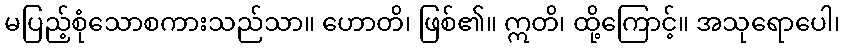
မပြည့်စုံသောစကားသည်သာ။ ဟောတိ၊ ဖြစ်၏။ ဣတိ၊ ထို့ကြောင့်။ အသုရောပေါ၊